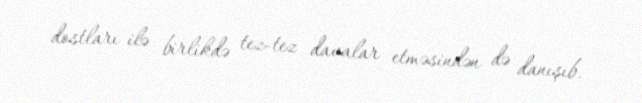
dostları ilə birlikdə tez-tez davalar etməsindən də danışıb.